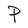
Character: P